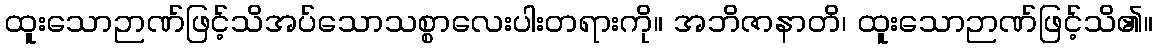
ထူးသောဉာဏ်ဖြင့်သိအပ်သောသစ္စာလေးပါးတရားကို။ အဘိဇာနာတိ၊ ထူးသောဉာဏ်ဖြင့်သိ၏။